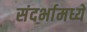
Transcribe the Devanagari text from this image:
संदर्भामध्ये